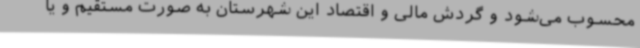
محسوب می‌شود و گردش مالی و اقتصاد این شهرستان به صورت مستقیم و یا